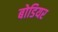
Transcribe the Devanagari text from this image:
बोडियर